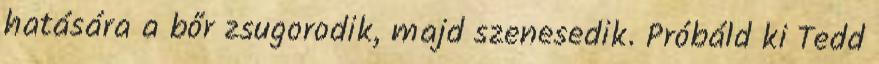
hatására a bőr zsugorodik, majd szenesedik. Próbáld ki Tedd